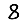
Digit: 8